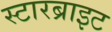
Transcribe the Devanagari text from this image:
स्टारब्राइट